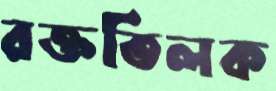
রক্ততিলক